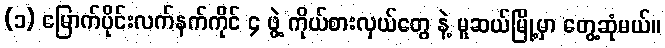
(၁) မြောက်ပိုင်းလက်နက်ကိုင် ၄ ဖွဲ့ ကိုယ်စားလှယ်တွေ နဲ့ မူဆယ်မြို့မှာ တွေ့ဆုံမယ်။